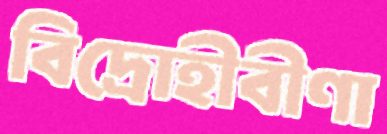
বিদ্রোহীবীণা